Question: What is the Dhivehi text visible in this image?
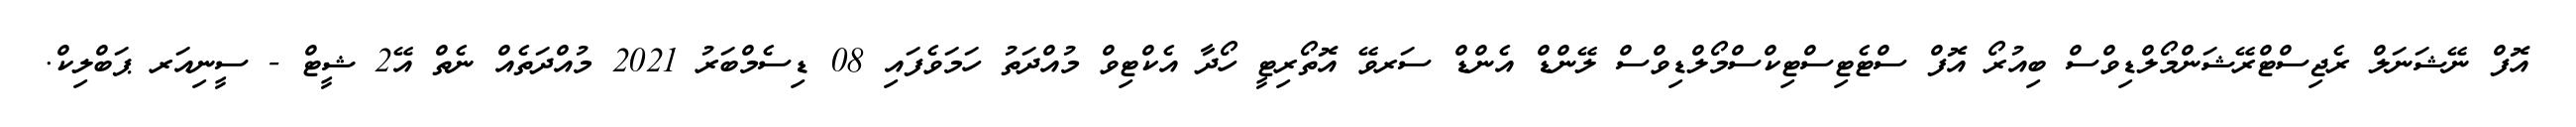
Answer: އޮފް ނޭޝަނަލް ރެޖިސްޓްރޭޝަންމޯލްޑިވްސް ބިއުރޯ އޮފް ސްޓެޓިސްޓިކްސްމޯލްޑިވްސް ލޭންޑް އެންޑް ސަރވޭ އޮތޯރިޓީ ހޯދާ އެކްޓިވް މުއްދަތު ހަމަވެފައި 08 ޑިސެމްބަރު 2021 މުއްދަތެއް ނެތް އޭ2 ޝީޓް - ސީނިއަރ ޕަބްލިކް.